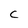
Character: c